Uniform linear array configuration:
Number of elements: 64
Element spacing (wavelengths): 0.75
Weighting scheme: binomial
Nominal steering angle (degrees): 30
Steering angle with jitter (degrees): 29.955
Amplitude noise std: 0.05
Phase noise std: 0.05

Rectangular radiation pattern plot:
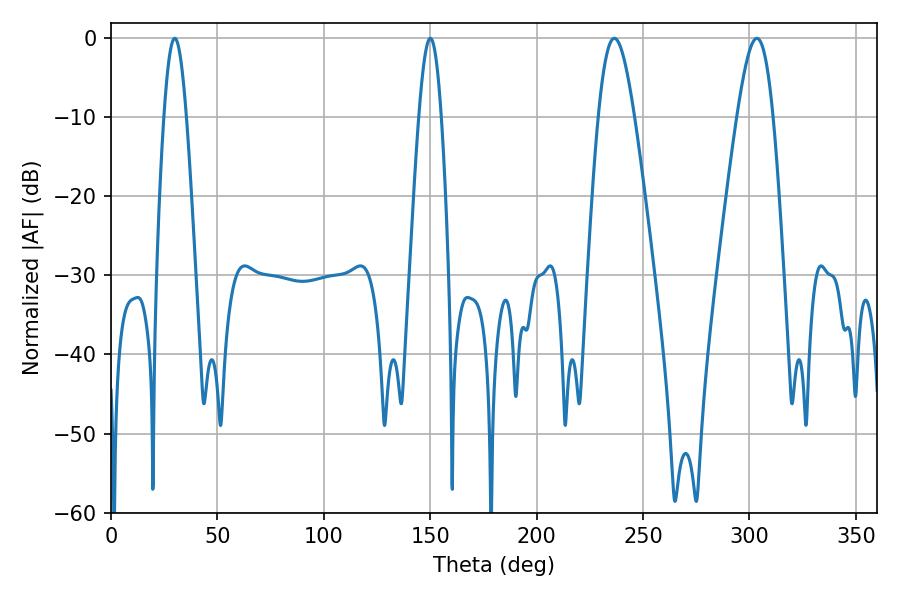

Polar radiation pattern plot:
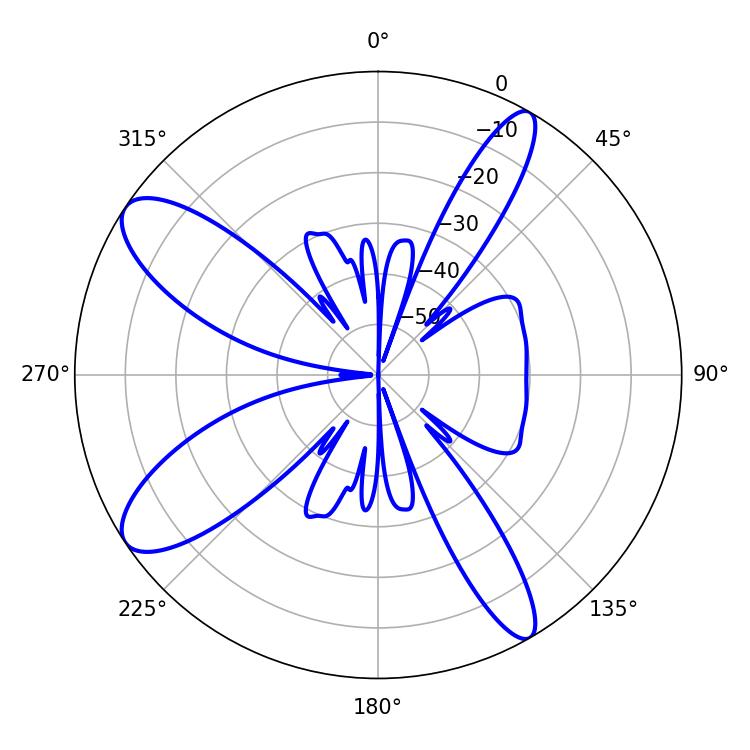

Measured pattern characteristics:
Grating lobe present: TRUE
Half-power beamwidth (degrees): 9.18
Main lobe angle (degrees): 236.52